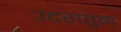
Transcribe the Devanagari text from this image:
उदरातुन